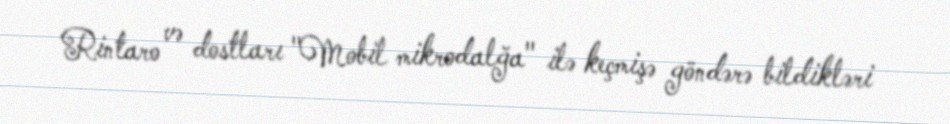
Rintaro və dostları "Mobil mikrodalğa" ilə keçmişə göndərə bildikləri